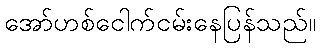
အော်ဟစ်ငေါက်ငမ်းနေပြန်သည်။